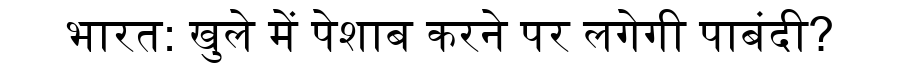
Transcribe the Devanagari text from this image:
भारत: खुले में पेशाब करने पर लगेगी पाबंदी?